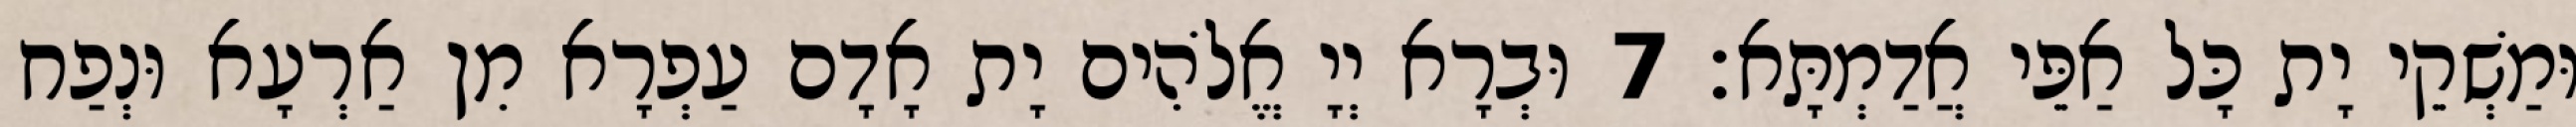
וּמַשְׁקֵי יָת כָּל אַפֵּי אֲדַמְתָּא׃ 7 וּבְרָא יְיָ אֱלֹהִים יָת אָדָם עַפְרָא מִן אַרְעָא וּנְפַח